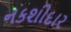
નકશીદાર